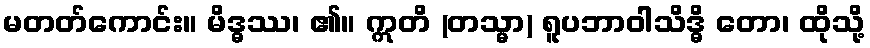
မတတ်ကောင်း။ မိဒ္ဓဿ၊ ၏။ ဣတိ (တသ္မာ) ရူပဘာဝါသိဒ္ဓိ တော၊ ထိုသို့